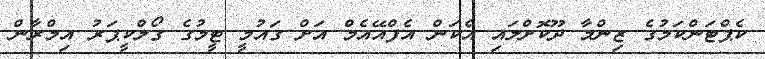
ކެޕްޓަންކަމުގެ ޒިންމާ ދޫކޮށްލައި އެކަން އެފްއޭއެމް އަށް ގައުމީ ޓީމުގެ ގޯލްކީޕަރު އިމްރާން